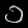
Digit: ၁